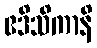
ဧဒိသိကာနိ